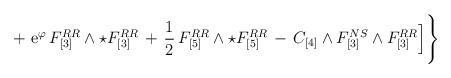
LaTeX: \begin{align*}+ \,\,{\rm e}^{\varphi} \,{F}_{[3]}^{RR} \wedge \star {F}_{[3]}^{RR} \,+\, \frac{1}{2}\, {F}_{[5]}^{RR} \wedge \star {F}_{[5]}^{RR} \, -\, C_{[4]} \wedge F_{[3]}^{NS} \wedge F_{[3]}^{RR} \Big] \Bigg\}\end{align*}